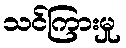
သင်ကြားမှု